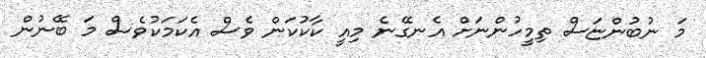
މަ ނުބުންޏަސް ތިމީހުންނަށް އެނގޭނެ މިއީ ކާކުކަން ވެސް އެކަމަކުވެސް މަ ބޭނުން